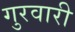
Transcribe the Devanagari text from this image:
गुरवारी